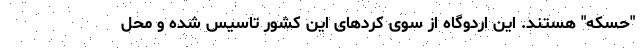
"حسکه" هستند. این اردوگاه از سوی کردهای این کشور تاسیس شده و محل